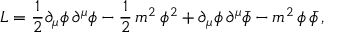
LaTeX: { \cal L } = \frac { 1 } { 2 } { \partial } _ { \mu } \phi \, { \partial } ^ { \mu } \phi - \frac { 1 } { 2 } \, m ^ { 2 } \, \phi ^ { 2 } + { \partial } _ { \mu } \phi \, { \partial } ^ { \mu } { \bar { \phi } } - m ^ { 2 } \, \phi \, { \bar { \phi } } \, ,